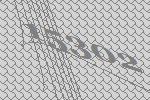
15302